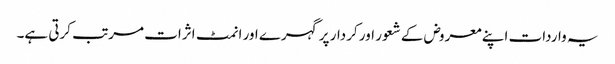
یہ واردات اپنے معروض کے شعور اور کردار پر گہرے اور انمٹ اثرات مرتب کرتی ہے۔